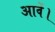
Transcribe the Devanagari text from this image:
आवें।